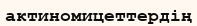
актиномицеттердің